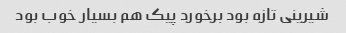
شیرینی تازه بود برخورد پیک هم بسیار خوب بود